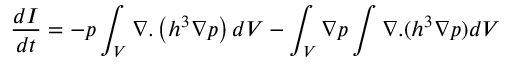
\frac { d I } { d t } = - p \int _ { V } \nabla . \left( h ^ { 3 } \nabla p \right) d V - \int _ { V } \nabla p \int \nabla . ( h ^ { 3 } \nabla p ) d V